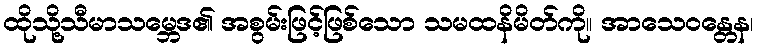
ထိုသို့သီမာသမ္ဘေဒ၏ အစွမ်းဖြင့်ဖြစ်သော သမထနိမိတ်ကို။ အာသေဝန္တေန၊